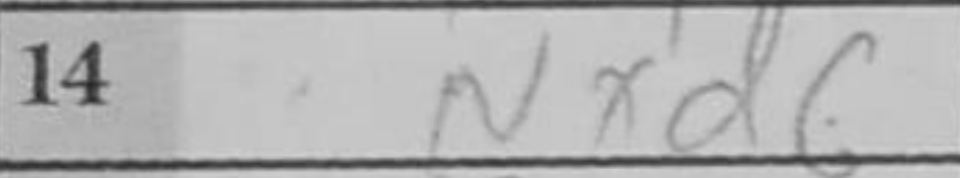
Transcription: Nxd6